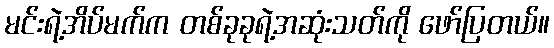
မင်းရဲ့အိပ်မက်က တစ်ခုခုရဲ့အဆုံးသတ်ကို ဖော်ပြတယ်။